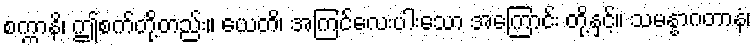
စက္ကာနိ၊ ဤစက်တို့တည်း။ ယေတိ၊ အကြင်လေးပါးသော အကြောင်း တို့နှင့်။ သမန္နာဂတာနံ၊